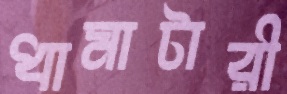
ধামাটারী